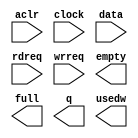
// megafunction wizard: %FIFO%VBB%
// GENERATION: STANDARD
// VERSION: WM1.0
// MODULE: scfifo 

// ============================================================
// Megafunction Name(s):
// 			scfifo
//
// Simulation Library Files(s):
// 			altera_mf
// ============================================================
// ************************************************************
// THIS IS A WIZARD-GENERATED FILE. DO NOT EDIT THIS FILE!
//
// 9.0 Build 132 02/25/2009 SJ Full Version
// ************************************************************

//Copyright (C) 1991-2009 Altera Corporation
//Your use of Altera Corporation's design tools, logic functions 
//and other software and tools, and its AMPP partner logic 
//functions, and any output files from any of the foregoing 
//(including device programming or simulation files), and any 
//associated documentation or information are expressly subject 
//to the terms and conditions of the Altera Program License 
//Subscription Agreement, Altera MegaCore Function License 
//Agreement, or other applicable license agreement, including, 
//without limitation, that your use is for the sole purpose of 
//programming logic devices manufactured by Altera and sold by 
//Altera or its authorized distributors.  Please refer to the 
//applicable agreement for further details.

module fifo1a (
	aclr,
	clock,
	data,
	rdreq,
	wrreq,
	empty,
	full,
	q,
	usedw);

	input	  aclr;
	input	  clock;
	input	[31:0]  data;
	input	  rdreq;
	input	  wrreq;
	output	  empty;
	output	  full;
	output	[31:0]  q;
	output	[6:0]  usedw;

endmodule

// ============================================================
// CNX file retrieval info
// ============================================================
// Retrieval info: PRIVATE: AlmostEmpty NUMERIC "0"
// Retrieval info: PRIVATE: AlmostEmptyThr NUMERIC "-1"
// Retrieval info: PRIVATE: AlmostFull NUMERIC "0"
// Retrieval info: PRIVATE: AlmostFullThr NUMERIC "-1"
// Retrieval info: PRIVATE: CLOCKS_ARE_SYNCHRONIZED NUMERIC "1"
// Retrieval info: PRIVATE: Clock NUMERIC "0"
// Retrieval info: PRIVATE: Depth NUMERIC "128"
// Retrieval info: PRIVATE: Empty NUMERIC "1"
// Retrieval info: PRIVATE: Full NUMERIC "1"
// Retrieval info: PRIVATE: INTENDED_DEVICE_FAMILY STRING "Cyclone II"
// Retrieval info: PRIVATE: LE_BasedFIFO NUMERIC "0"
// Retrieval info: PRIVATE: LegacyRREQ NUMERIC "1"
// Retrieval info: PRIVATE: MAX_DEPTH_BY_9 NUMERIC "0"
// Retrieval info: PRIVATE: OVERFLOW_CHECKING NUMERIC "0"
// Retrieval info: PRIVATE: Optimize NUMERIC "2"
// Retrieval info: PRIVATE: RAM_BLOCK_TYPE NUMERIC "0"
// Retrieval info: PRIVATE: SYNTH_WRAPPER_GEN_POSTFIX STRING "0"
// Retrieval info: PRIVATE: UNDERFLOW_CHECKING NUMERIC "0"
// Retrieval info: PRIVATE: UsedW NUMERIC "1"
// Retrieval info: PRIVATE: Width NUMERIC "32"
// Retrieval info: PRIVATE: dc_aclr NUMERIC "0"
// Retrieval info: PRIVATE: diff_widths NUMERIC "0"
// Retrieval info: PRIVATE: msb_usedw NUMERIC "0"
// Retrieval info: PRIVATE: output_width NUMERIC "32"
// Retrieval info: PRIVATE: rsEmpty NUMERIC "1"
// Retrieval info: PRIVATE: rsFull NUMERIC "0"
// Retrieval info: PRIVATE: rsUsedW NUMERIC "0"
// Retrieval info: PRIVATE: sc_aclr NUMERIC "1"
// Retrieval info: PRIVATE: sc_sclr NUMERIC "0"
// Retrieval info: PRIVATE: wsEmpty NUMERIC "0"
// Retrieval info: PRIVATE: wsFull NUMERIC "1"
// Retrieval info: PRIVATE: wsUsedW NUMERIC "0"
// Retrieval info: CONSTANT: ADD_RAM_OUTPUT_REGISTER STRING "OFF"
// Retrieval info: CONSTANT: INTENDED_DEVICE_FAMILY STRING "Cyclone II"
// Retrieval info: CONSTANT: LPM_NUMWORDS NUMERIC "128"
// Retrieval info: CONSTANT: LPM_SHOWAHEAD STRING "OFF"
// Retrieval info: CONSTANT: LPM_TYPE STRING "scfifo"
// Retrieval info: CONSTANT: LPM_WIDTH NUMERIC "32"
// Retrieval info: CONSTANT: LPM_WIDTHU NUMERIC "7"
// Retrieval info: CONSTANT: OVERFLOW_CHECKING STRING "ON"
// Retrieval info: CONSTANT: UNDERFLOW_CHECKING STRING "ON"
// Retrieval info: CONSTANT: USE_EAB STRING "ON"
// Retrieval info: USED_PORT: aclr 0 0 0 0 INPUT NODEFVAL aclr
// Retrieval info: USED_PORT: clock 0 0 0 0 INPUT NODEFVAL clock
// Retrieval info: USED_PORT: data 0 0 32 0 INPUT NODEFVAL data[31..0]
// Retrieval info: USED_PORT: empty 0 0 0 0 OUTPUT NODEFVAL empty
// Retrieval info: USED_PORT: full 0 0 0 0 OUTPUT NODEFVAL full
// Retrieval info: USED_PORT: q 0 0 32 0 OUTPUT NODEFVAL q[31..0]
// Retrieval info: USED_PORT: rdreq 0 0 0 0 INPUT NODEFVAL rdreq
// Retrieval info: USED_PORT: usedw 0 0 7 0 OUTPUT NODEFVAL usedw[6..0]
// Retrieval info: USED_PORT: wrreq 0 0 0 0 INPUT NODEFVAL wrreq
// Retrieval info: CONNECT: @data 0 0 32 0 data 0 0 32 0
// Retrieval info: CONNECT: q 0 0 32 0 @q 0 0 32 0
// Retrieval info: CONNECT: @wrreq 0 0 0 0 wrreq 0 0 0 0
// Retrieval info: CONNECT: @rdreq 0 0 0 0 rdreq 0 0 0 0
// Retrieval info: CONNECT: @clock 0 0 0 0 clock 0 0 0 0
// Retrieval info: CONNECT: full 0 0 0 0 @full 0 0 0 0
// Retrieval info: CONNECT: empty 0 0 0 0 @empty 0 0 0 0
// Retrieval info: CONNECT: usedw 0 0 7 0 @usedw 0 0 7 0
// Retrieval info: CONNECT: @aclr 0 0 0 0 aclr 0 0 0 0
// Retrieval info: LIBRARY: altera_mf altera_mf.altera_mf_components.all
// Retrieval info: GEN_FILE: TYPE_NORMAL fifo1a.v TRUE
// Retrieval info: GEN_FILE: TYPE_NORMAL fifo1a.inc FALSE
// Retrieval info: GEN_FILE: TYPE_NORMAL fifo1a.cmp FALSE
// Retrieval info: GEN_FILE: TYPE_NORMAL fifo1a.bsf FALSE
// Retrieval info: GEN_FILE: TYPE_NORMAL fifo1a_inst.v FALSE
// Retrieval info: GEN_FILE: TYPE_NORMAL fifo1a_bb.v TRUE
// Retrieval info: GEN_FILE: TYPE_NORMAL fifo1a_waveforms.html TRUE
// Retrieval info: GEN_FILE: TYPE_NORMAL fifo1a_wave*.jpg FALSE
// Retrieval info: LIB_FILE: altera_mf